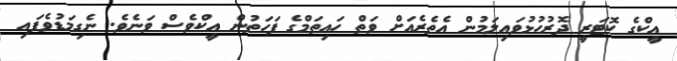
އީކްގެ ކޮޓަރީ ދޮރުހުޅުވައިލަމުން އެތެރެއަށް ވަތް ހައިތަމްގެ ފަހަތުން އީކްވެސް ވަނެވެ. ނެގިމަޑުވެފައި